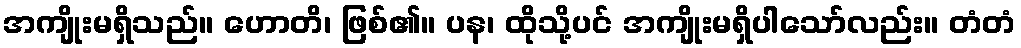
အကျိုးမရှိသည်။ ဟောတိ၊ ဖြစ်၏။ ပန၊ ထိုသို့ပင် အကျိုးမရှိပါသော်လည်း။ တံတံ